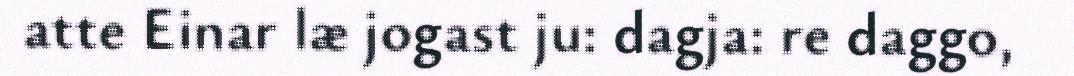
atte Einar læ jogast ju: dagja: re daggo,